system: You are a helpful assistant.
user:
Analyze the provided spectrum to determine if it is a **"Cataclysmic Variables (CV)"**.

- **Key Indicators for CV (Check for either state):**
    - **State 1: Quiescent / Low-State (Emission-Dominated)**
        - **(Primary):** Strong and *very broad* Hydrogen Balmer emission lines (e.g., $H\alpha$ at 6563 Å, $H\beta$ at 4861 Å). The 'broadness' (high velocity dispersion, often FWHM > 1000 km/s) is the key diagnostic, indicating a high-velocity accretion disk.
        - **(Secondary):** Broad neutral Helium (He I) emission lines (e.g., 5876 Å, 6678 Å).
        - **(Key Confirmation):** Presence of high-excitation *ionized* Helium (He II) emission at 4686 Å. This is a strong indicator of accretion onto a white dwarf.
        - **(Line Profile):** Emission lines may exhibit a 'double-peaked' profile, which is a classic signature of a rotating accretion disk viewed at high inclination.

    - **State 2: Outburst / High-State (Absorption-Dominated)**
        - **(Primary):** Spectrum is dominated by a bright, blue continuum (looks like a hot star).
        - **(Secondary):** The emission lines from State 1 are weak, absent, or 'filled in', and are replaced by broad, shallow *absorption* lines (primarily Balmer and He I).
        - **(Morphology):** The overall spectrum mimics a hot B/A-type star. The crucial difference is that the absorption lines are significantly broader, shallower, and more 'washed-out' (or 'smeared') than the sharp lines of a normal stellar photosphere, due to high rotational speeds and pressure broadening in the disk.

Think first, call **spectral_visualization_tool** if needed to examine features in detail, then provide your final answer. Your response must adhere to the following strict rules:
1.  **Overall Structure:** Your response must follow the format `<think>...</think> <tool_call>...</tool_call> (if a tool is used) <answer>...</answer>`.
2.  **Tool Usage Constraint:** You may only make **one** tool call per turn.
3.  **Final Answer Format:** In the `<answer>` tag, your conclusion must be inside a `\boxed{}` command (e.g., `\boxed{YES}`), followed by your justification.

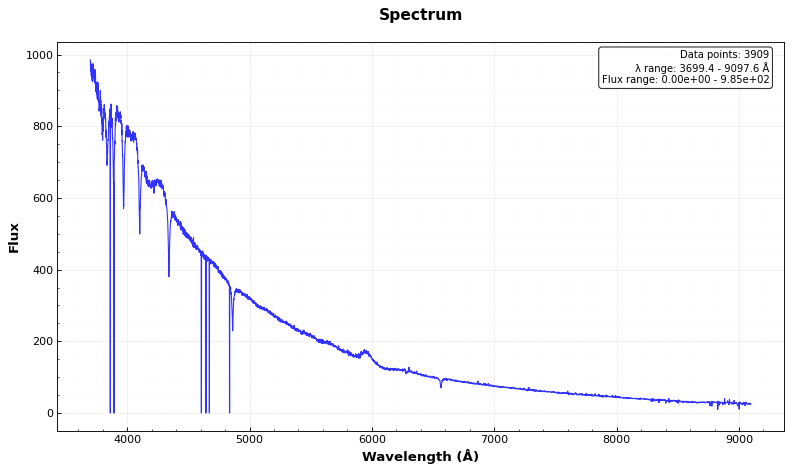
Answer: NO